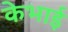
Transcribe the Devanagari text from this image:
केभाई